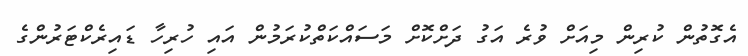
އެގޮތުން ކުރިން މިއަށް ވުރެ އަގު ދަށްކޮށް މަސައްކަތްކުރަމުން އައި ހުރިހާ ޑައިރެކްޓަރުންގެ